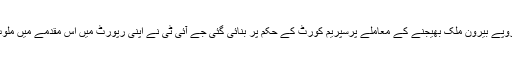
خیال رہے کہ جعلی بیک اکاونٹس کے ذریعے مبینہ طور پر اربوں روپے بیرون ملک بھیجنے کے معاملے پرسپریم کورٹ کے حکم پر بنائی گئی جے آئی ٹی نے اپنی رپورٹ میں اس مقدمے میں ملوث تمام افراد کے نام ای سی ایل میں شامل کرنے کی سفارش کی تھی۔